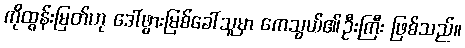
ကိုထွန်းမြတ်ဟု ဒေါ်ဖွားမြစ်ခေါ်သူမှာ ကေသွယ်၏ဦးကြီး ဖြစ်သည်။